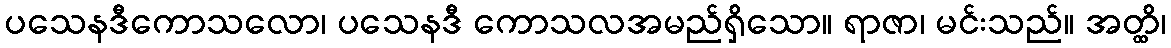
ပသေနဒီကောသလော၊ ပသေနဒီ ကောသလအမည်ရှိသော။ ရာဇာ၊ မင်းသည်။ အတ္ထိ၊